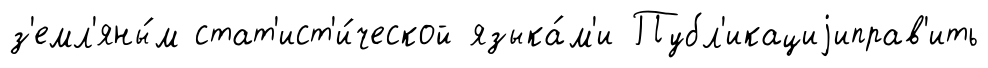
з'емл'яны́м стат'ист'и́ческой языка́м'и Публ'икациjиправ'ить